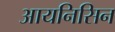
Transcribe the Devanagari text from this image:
आयनिसिन